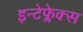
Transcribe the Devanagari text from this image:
इन्टेफ्लेक्स